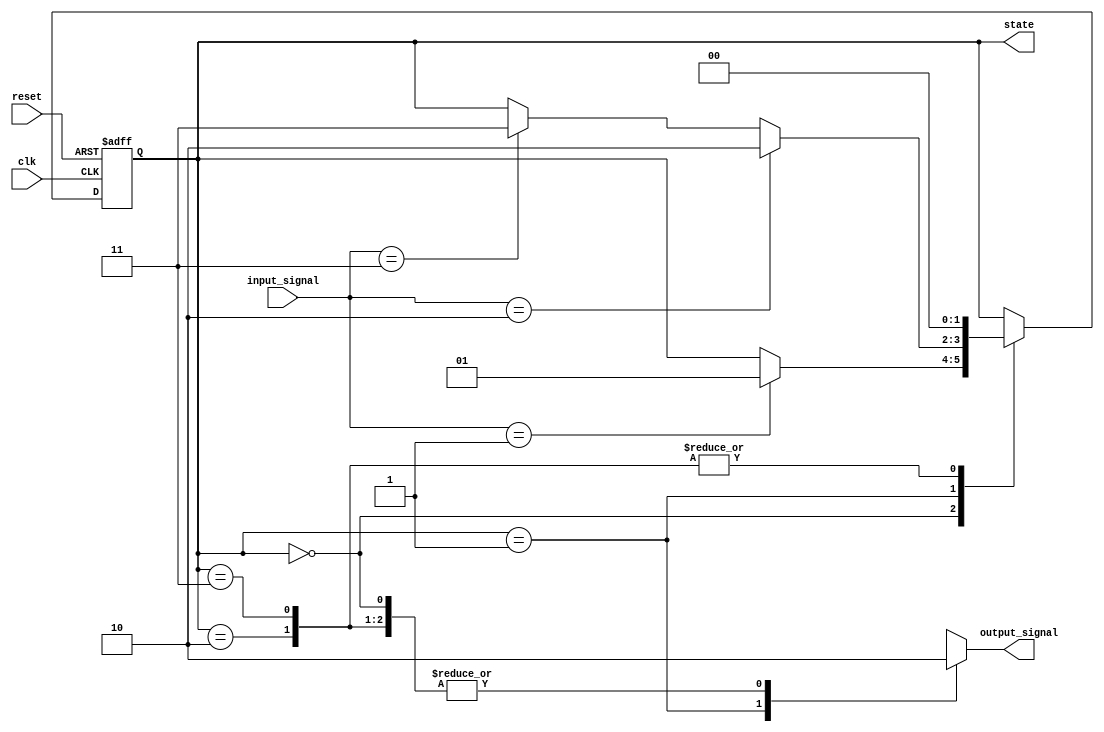
module fsm_default_state_initialization (
    input wire clk,        // Clock signal
    input wire reset,      // Reset signal
    input wire [1:0] input_signal, // Example input signal
    output reg [1:0] state, // Current state
    output reg output_signal // Example output signal
);

// State definition
localparam STATE_IDLE     = 2'b00;
localparam STATE_ACTIVE   = 2'b01;
localparam STATE_DONE     = 2'b10;
localparam STATE_ERROR    = 2'b11;

// State transition logic
always @(posedge clk or posedge reset) begin
    if (reset) begin
        // Default state assignment on reset
        state <= STATE_IDLE;
    end else begin
        case (state)
            STATE_IDLE: begin
                if (input_signal == 2'b01) begin
                    state <= STATE_ACTIVE;
                end
            end
            STATE_ACTIVE: begin
                if (input_signal == 2'b10) begin
                    state <= STATE_DONE;
                end else if (input_signal == 2'b11) begin
                    state <= STATE_ERROR;
                end
            end
            STATE_DONE: begin
                // Transition back to IDLE or other logic
                state <= STATE_IDLE; // Example transition
            end
            STATE_ERROR: begin
                // Error handling logic
                state <= STATE_IDLE; // Example transition
            end
            default: state <= STATE_IDLE; // Safety net
        endcase
    end
end

// Output logic based on current state
always @(*) begin
    case (state)
        STATE_IDLE: output_signal = 1'b0;
        STATE_ACTIVE: output_signal = 1'b1;
        STATE_DONE: output_signal = 1'b0;
        STATE_ERROR: output_signal = 1'b0;
        default: output_signal = 1'b0; // Safety net
    endcase
end

endmodule